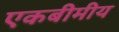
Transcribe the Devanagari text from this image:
एकबीमीय